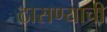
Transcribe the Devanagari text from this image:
ठासण्याची